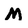
Character: M